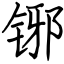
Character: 铘